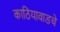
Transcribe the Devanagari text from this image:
काठियावाडचे